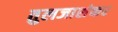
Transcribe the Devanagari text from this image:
तुलजाशंकर